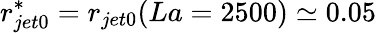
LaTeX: r_{jet0}^{*}=r_{jet0}(La=2500)\simeq 0.05